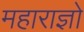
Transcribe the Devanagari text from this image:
महाराज्ञो